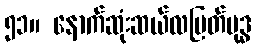
၅၁။ နောက်ဆုံးဆယ်လမြတ်ဗုဒ္ဓ